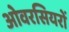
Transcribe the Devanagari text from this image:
ओवरसियरों